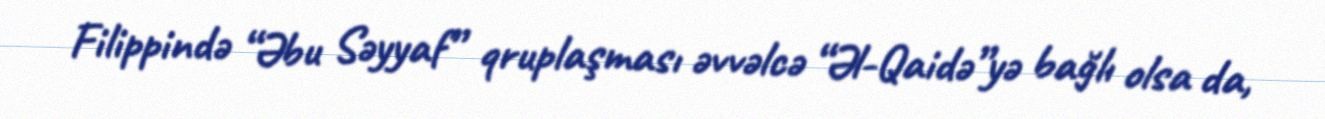
Filippində “Əbu Səyyaf” qruplaşması əvvəlcə “Əl-Qaidə”yə bağlı olsa da,